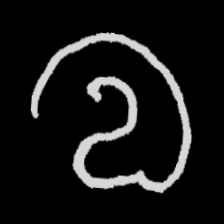
Pyu character \u2014 Myanmar letter: လ (romanized: la)